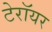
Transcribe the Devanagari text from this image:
टेरॉयर